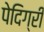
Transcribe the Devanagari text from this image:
पेदिग्री